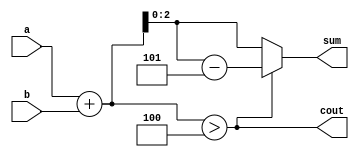
// two iputs of  size 3 bits in base 5 [penta system] are given add them and give output in pents number system [base=5]
//penta number system has 0,1,2,3,4,10,11,12,13...
//for 3 bit number  a and b max value in penta system are 4 
//other values of a and b like 5 6 7 when inputed its an error. as inputs are supposed to be in penta number system
//for max values of a and b 4 + 4 the out in decimal is 8 which is equivalent to 13 in penta number system

module PHA (input [2:0] a, input [2:0] b, output[2:0] sum, output cout);

	wire [3:0] s;
	wire [2:0] d;
	
	assign s = a+b;
	
	assign cout = (s>4);
	
	assign d=s-5;
	
	assign  sum = cout?d: s[2:0];

endmodule

module tb;
	reg	[2:0] a,b;
	wire [2:0] sum;
	wire cout;
	
	integer i,j;
	
	PHA dut6_01(a,b,sum,cout);
	
	initial begin
		for (i =0; i<=4;i=i+1) begin	
			a=i;
			for (j =0; j<=4;j=j+1) 	begin
				b=j;
				#10;
				$display (" %d +%d = %0d%0d",a,b,cout,sum);
			end
			$stop;	
		end
	end
endmodule